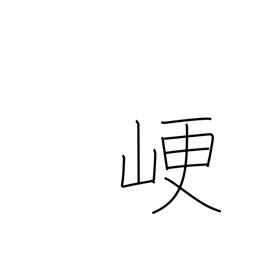
Meaning: obstruct